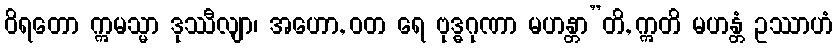
ဝိရတော ဣမသ္မာ ဒုဿီလျာ၊ အဟော, ဝတ ရေ ဗုဒ္ဓဂုဏာ မဟန္တာ”တိ, ဣတိ မဟန္တံ ဥဿာဟံ